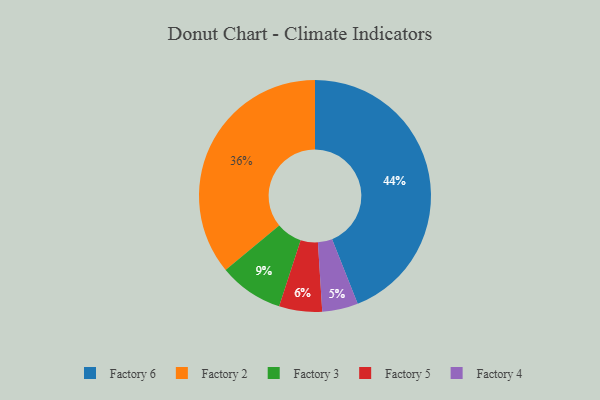
{"axis": {"x": "Category", "y": "Percentage"}, "legend": ["Factory 2", "Factory 3", "Factory 4", "Factory 5", "Factory 6"], "data": [{"x": "Factory 3", "y": 9, "type": "Factory 3"}, {"x": "Factory 4", "y": 5, "type": "Factory 4"}, {"x": "Factory 5", "y": 6, "type": "Factory 5"}, {"x": "Factory 2", "y": 36, "type": "Factory 2"}, {"x": "Factory 6", "y": 44, "type": "Factory 6"}]}